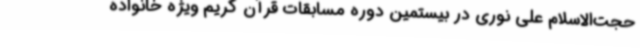
حجت‌الاسلام علی نوری در بیستمین دوره مسابقات قرآن کریم ویژه خانواده‌